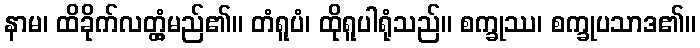
နာမ၊ ထိခိုက်လတ္တံ့မည်၏။ တံရူပံ၊ ထိုရူပါရုံသည်။ စက္ခုဿ၊ စက္ခုပသာဒ၏။